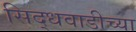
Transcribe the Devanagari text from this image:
सिद्धवाडीच्या